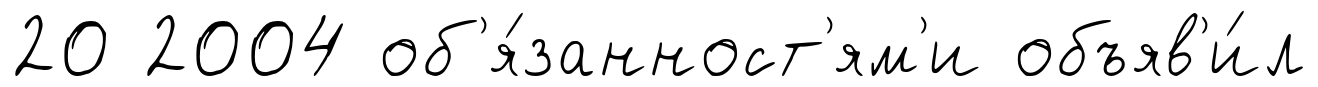
20 2004 об'я́занност'ям'и объяв'и́л